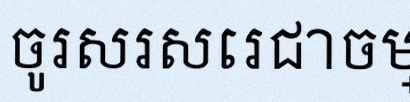
ចូរសរសេរជាចម្លើយ